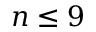
n \le 9